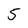
Character: 5